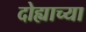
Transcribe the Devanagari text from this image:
दोह्याच्या